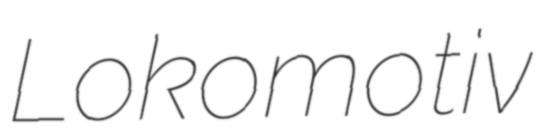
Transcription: Lokomotiv